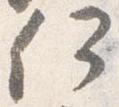
何